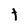
Character: t